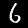
Digit: 6